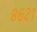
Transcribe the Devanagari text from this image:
८६२१